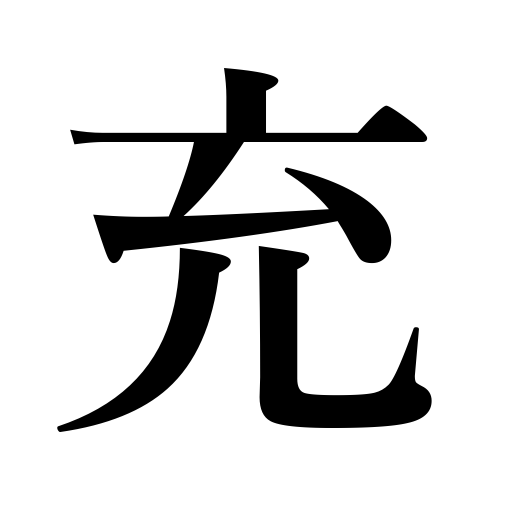
Meanings: allocate,guess,assign,put,place,hit the mark,apply,sit on a cushion,succeed,expose to,fill,call on a pupil